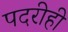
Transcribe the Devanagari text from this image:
पदरीही